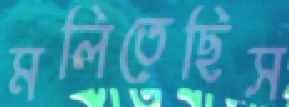
মলিতেছিস